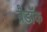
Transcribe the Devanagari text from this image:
ब्रैडॉक